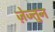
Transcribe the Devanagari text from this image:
ज़ेज्तुन